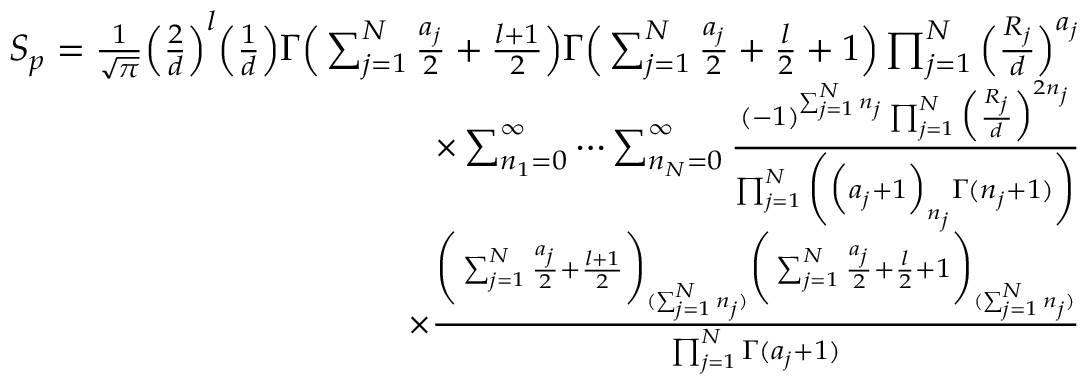
\begin{array} { r } { S _ { p } = \frac { 1 } { \sqrt { \pi } } \Big ( \frac { 2 } { d } \Big ) ^ { l } \Big ( \frac { 1 } { d } \Big ) \Gamma \Big ( \sum _ { j = 1 } ^ { N } \frac { a _ { j } } { 2 } + \frac { l + 1 } { 2 } \Big ) \Gamma \Big ( \sum _ { j = 1 } ^ { N } \frac { a _ { j } } { 2 } + \frac { l } { 2 } + 1 \Big ) \prod _ { j = 1 } ^ { N } \Big ( \frac { R _ { j } } { d } \Big ) ^ { a _ { j } } } \\ { \times \sum _ { n _ { 1 } = 0 } ^ { \infty } \cdots \sum _ { n _ { N } = 0 } ^ { \infty } \frac { ( - 1 ) ^ { \sum _ { j = 1 } ^ { N } n _ { j } } \prod _ { j = 1 } ^ { N } \Big ( \frac { R _ { j } } { d } \Big ) ^ { 2 n _ { j } } } { \prod _ { j = 1 } ^ { N } \bigg ( \Big ( a _ { j } + 1 \Big ) _ { n _ { j } } \Gamma ( n _ { j } + 1 ) \bigg ) } } \\ { \times \frac { \bigg ( \sum _ { j = 1 } ^ { N } \frac { a _ { j } } { 2 } + \frac { l + 1 } { 2 } \bigg ) _ { ( \sum _ { j = 1 } ^ { N } n _ { j } ) } \bigg ( \sum _ { j = 1 } ^ { N } \frac { a _ { j } } { 2 } + \frac { l } { 2 } + 1 \bigg ) _ { ( \sum _ { j = 1 } ^ { N } n _ { j } ) } } { \prod _ { j = 1 } ^ { N } \Gamma ( a _ { j } + 1 ) } } \end{array}